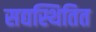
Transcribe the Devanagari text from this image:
सद्यस्थितित